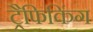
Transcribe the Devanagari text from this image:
ट्रैफिकिंग